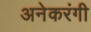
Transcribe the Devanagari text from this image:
अनेकरंगी